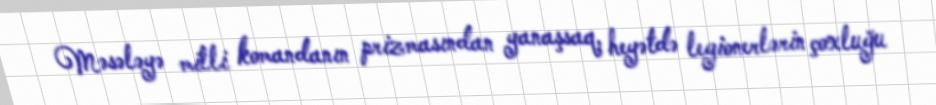
Məsələyə milli komandanın prizmasından yanaşsaq, heyətdə legionerlərin çoxluğu